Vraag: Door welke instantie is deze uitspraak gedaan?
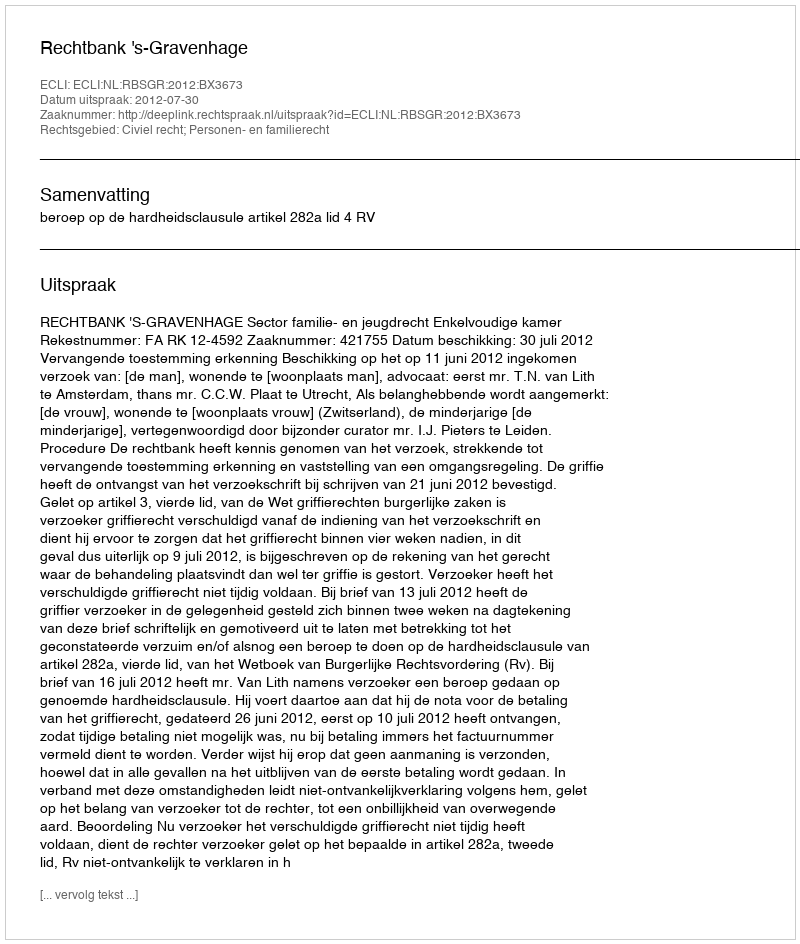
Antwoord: Rechtbank 's-Gravenhage